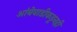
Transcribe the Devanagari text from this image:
आंबेवाडीकडूनही